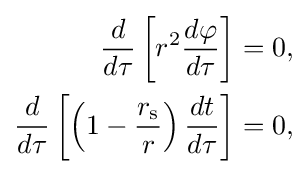
{\begin{aligned}{\frac {d}{d\tau }}\left[r^{2}{\frac {d\varphi }{d\tau }}\right]&=0,\\{\frac {d}{d\tau }}\left[\left(1-{\frac {r_{\text{s}}}{r}}\right){\frac {dt}{d\tau }}\right]&=0,\end{aligned}}